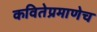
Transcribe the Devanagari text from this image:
कवितेप्रमाणेच